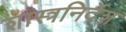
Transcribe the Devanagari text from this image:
शास्त्रनिर्देश